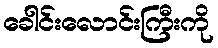
ခေါင်းလောင်းကြီးကို